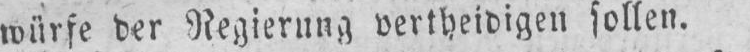
würfe der Regierung vertheidigen sollen.